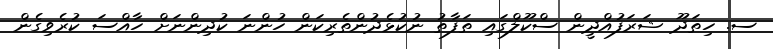
ސ. ހިތަދޫ ޝަރަފުއްދީން ސްކޫލްގައި ތަފާތު ނުކުޅެދުންތެރިކަން ހުންނަ ކުދިންނަށް ހާއްސަ ކުރެވިގެން